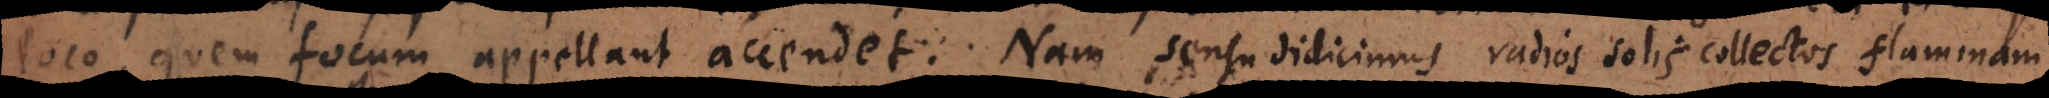
loco, quem focum appellant accendet. Nam sensu didicimus radios solis collectos flaminam